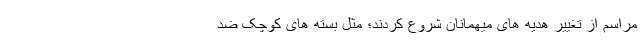
مراسم از تغییر هدیه های میهمانان شروع کردند؛ مثل بسته های کوچک ضد